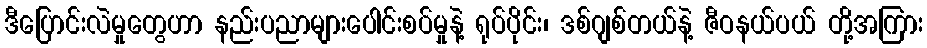
ဒီပြောင်းလဲမှုတွေဟာ နည်းပညာများပေါင်းစပ်မှုနဲ့ ရုပ်ပိုင်း၊ ဒစ်ဂျစ်တယ်နဲ့ ဇီဝနယ်ပယ် တို့အကြား